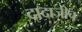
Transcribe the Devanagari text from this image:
दादाजीच